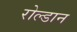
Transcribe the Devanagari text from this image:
रोल्डान